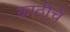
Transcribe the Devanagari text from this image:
काठीचे